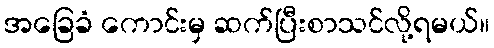
အခြေခံ ကောင်းမှ ဆက်ပြီးစာသင်လို့ရမယ်။